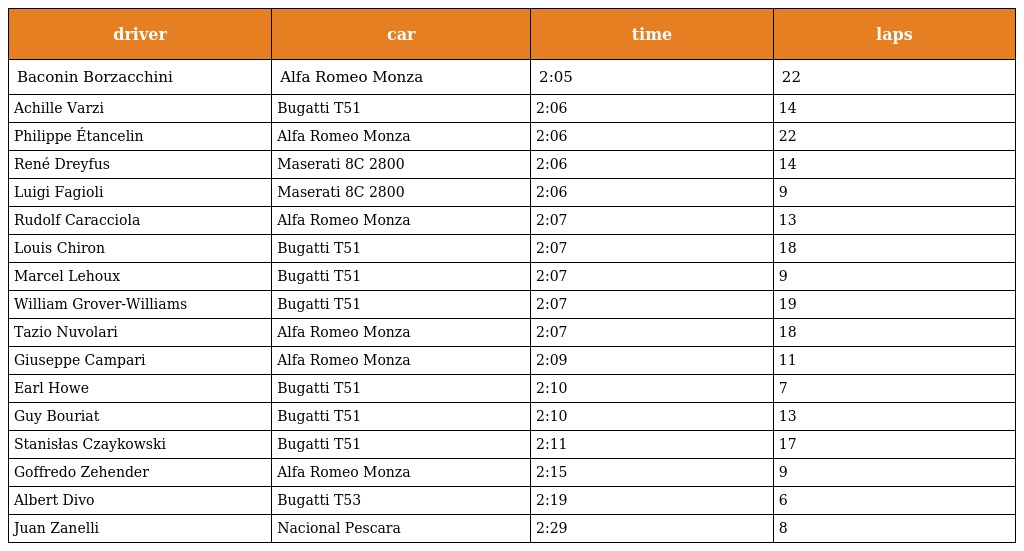
| driver | car | time | laps |
 | --- | --- | --- | --- |
 | Baconin Borzacchini | Alfa Romeo Monza | 2:05 | 22 |
 | Achille Varzi | Bugatti T51 | 2:06 | 14 |
 | Philippe Étancelin | Alfa Romeo Monza | 2:06 | 22 |
 | René Dreyfus | Maserati 8C 2800 | 2:06 | 14 |
 | Luigi Fagioli | Maserati 8C 2800 | 2:06 | 9 |
 | Rudolf Caracciola | Alfa Romeo Monza | 2:07 | 13 |
 | Louis Chiron | Bugatti T51 | 2:07 | 18 |
 | Marcel Lehoux | Bugatti T51 | 2:07 | 9 |
 | William Grover-Williams | Bugatti T51 | 2:07 | 19 |
 | Tazio Nuvolari | Alfa Romeo Monza | 2:07 | 18 |
 | Giuseppe Campari | Alfa Romeo Monza | 2:09 | 11 |
 | Earl Howe | Bugatti T51 | 2:10 | 7 |
 | Guy Bouriat | Bugatti T51 | 2:10 | 13 |
 | Stanisłas Czaykowski | Bugatti T51 | 2:11 | 17 |
 | Goffredo Zehender | Alfa Romeo Monza | 2:15 | 9 |
 | Albert Divo | Bugatti T53 | 2:19 | 6 |
 | Juan Zanelli | Nacional Pescara | 2:29 | 8 |